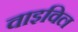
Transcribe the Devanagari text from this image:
वाइविल